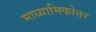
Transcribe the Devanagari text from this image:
माध्यामिकोत्तर